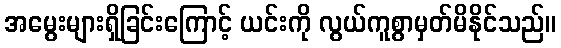
အမွေးများရှိခြင်းကြောင့် ယင်းကို လွယ်ကူစွာမှတ်မိနိုင်သည်။